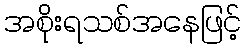
အစိုးရသစ်အနေဖြင့်